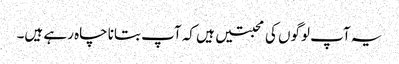
یہ آپ لوگوں کی محبتیں ہیں کہ آپ بتانا چاہ رہے ہیں۔